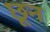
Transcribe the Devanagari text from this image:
छून